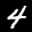
Label: 4